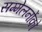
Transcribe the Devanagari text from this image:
सम्मेलनोंको